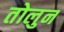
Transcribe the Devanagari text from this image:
तोलुन